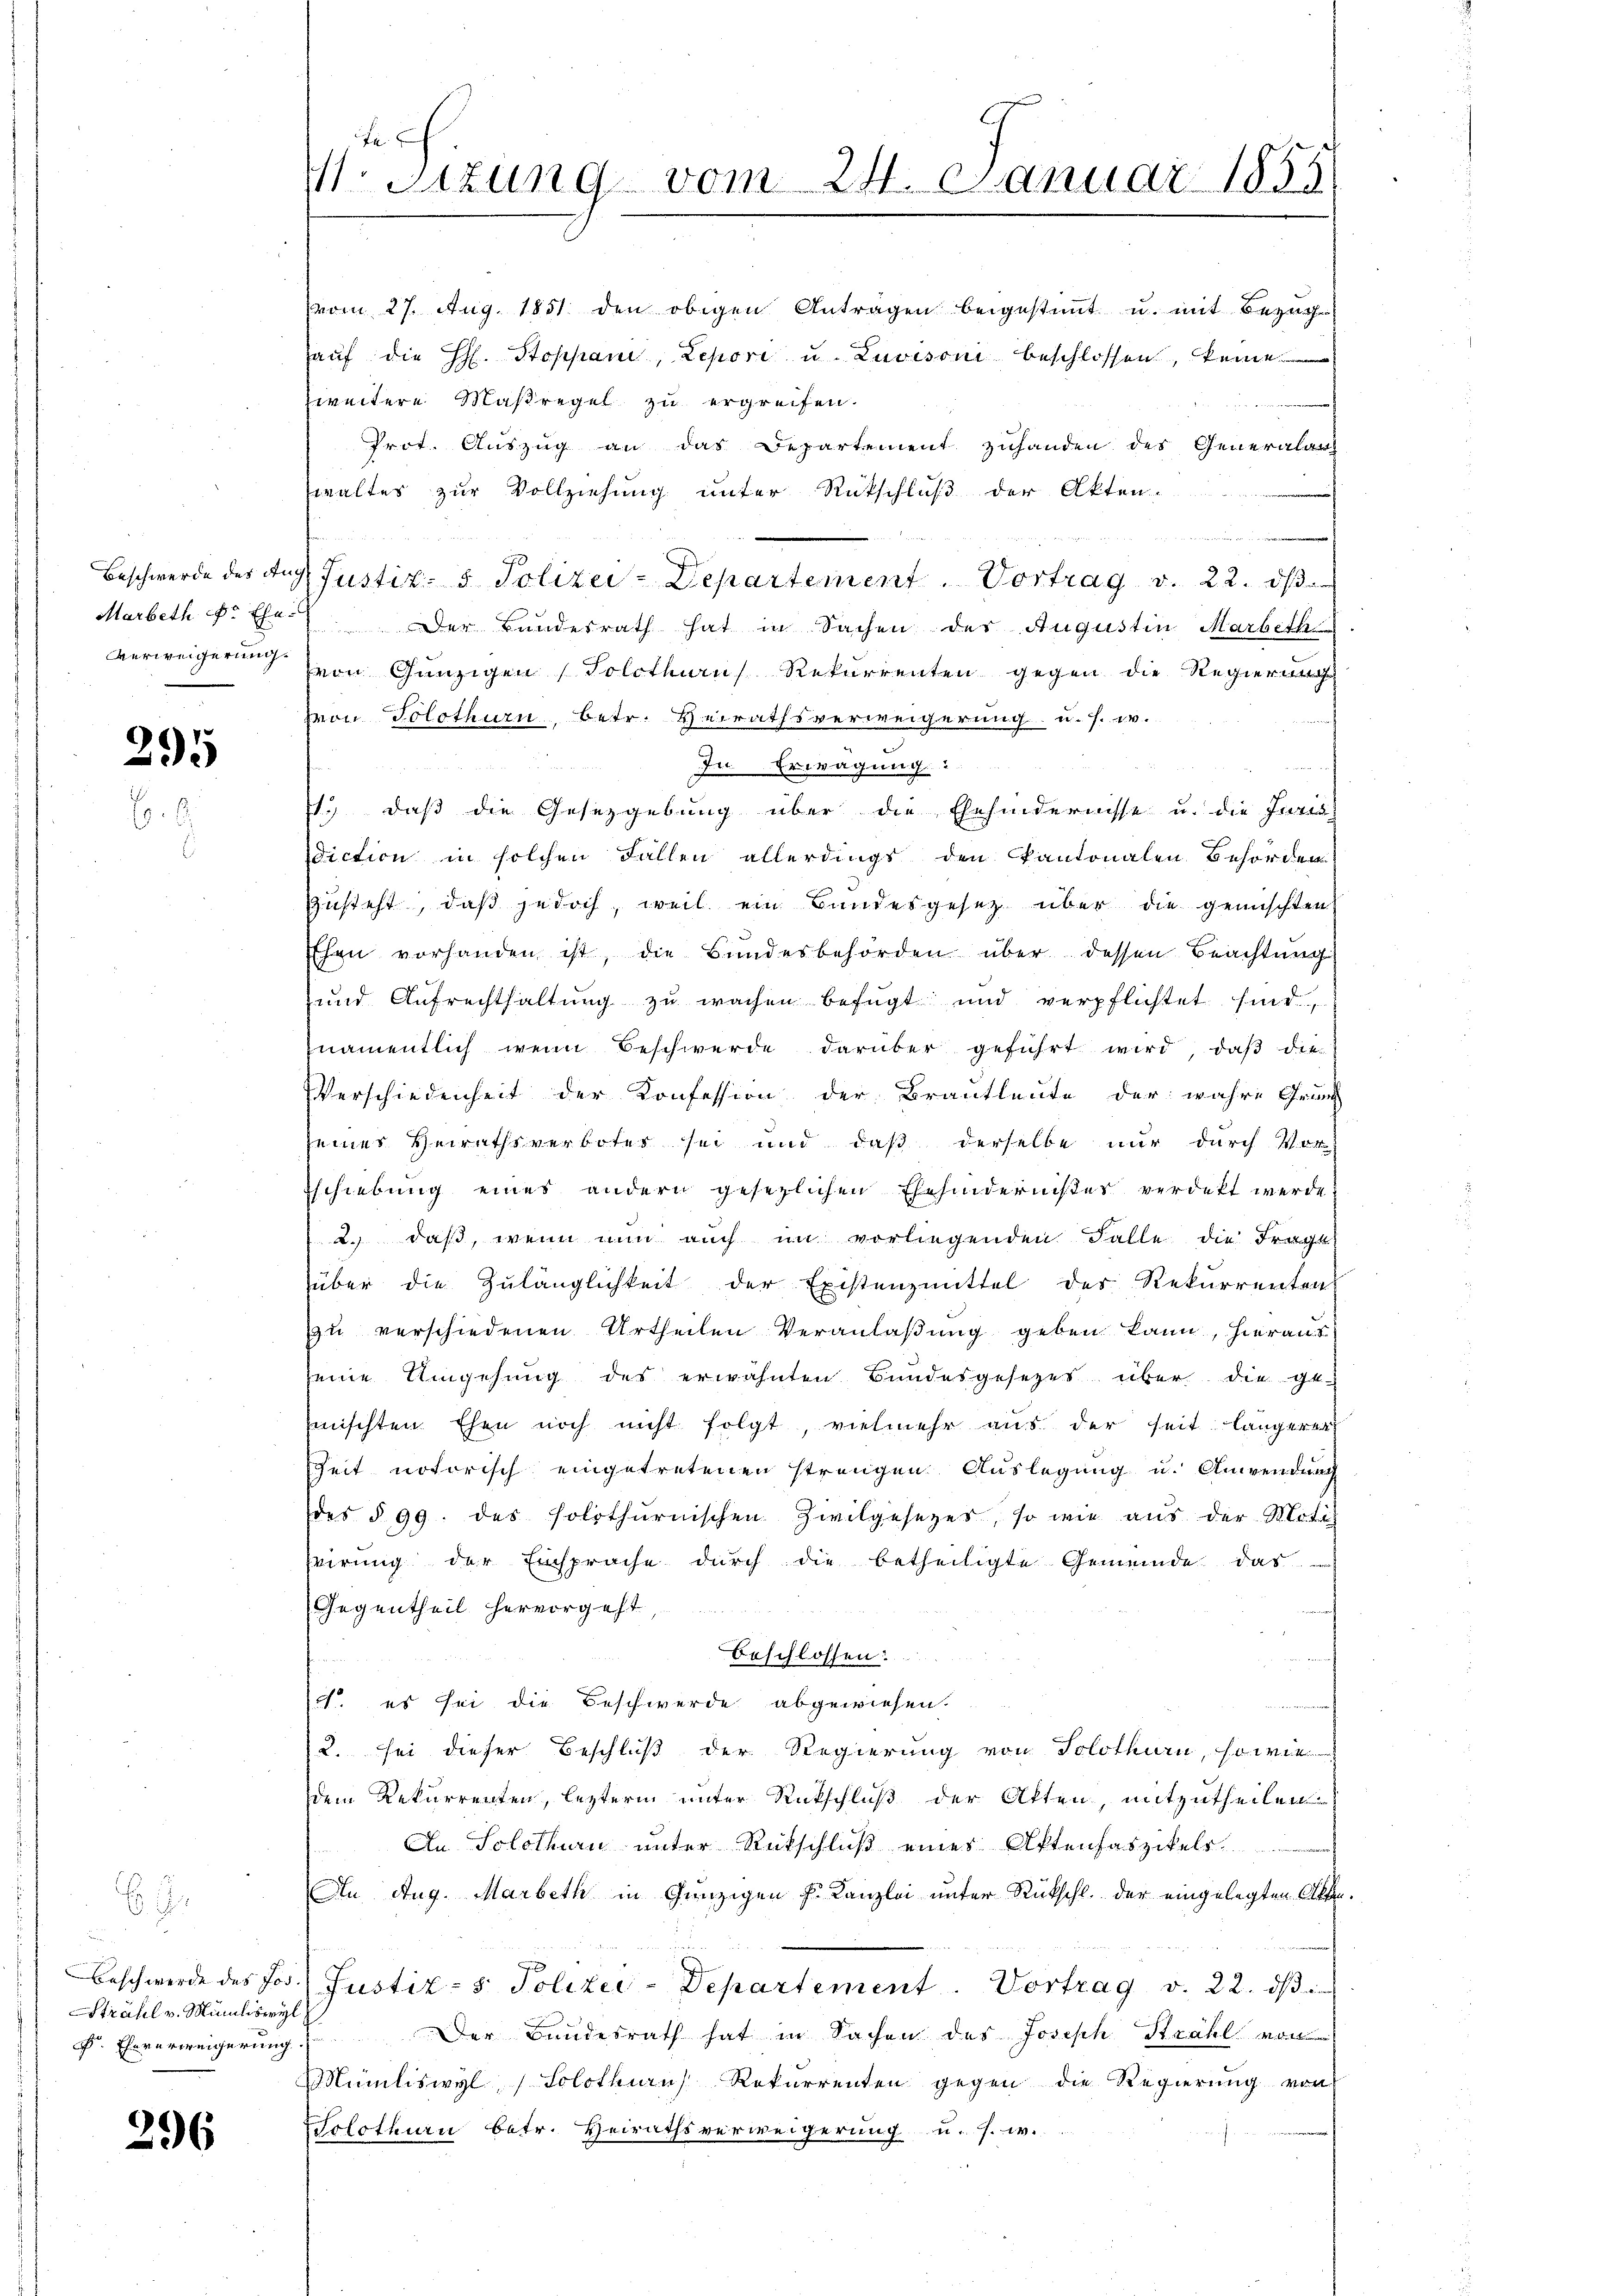
295

6.
u
Strahl v. Munilisteÿl
 Eheverweigerung

296

te
M. Sitzung vom 21. Januar 1855

(vom 27. Aug. 1851 den obigen Antragen beigestimmt u. mit Bezug
aŭf die H. Stoppani, Lepori u. Luvisoni beschlossen, keine
zweitere Maßregel zu ergreifen.
Prot. Auszug an das Departement zuhanden des Generalarz
waltes zur Vollziehung unter Rückschluß der Akten.
er an einer
Beschwerde des Tag. Justiz- & Polizei-Departement. Vortrag v. 22. dβ.
Marbeth der Ehe. Der Bundesrath hat in Sachen des Augustin Marbeth
verweigerung von Gänzigen (Solothurns Rekurrenten gegen die Regierung
Hon Solothurn, betr. Heirathsverweigerung u. s. w.
In Erwägung:
u
1.) daß die Gesetzgebung über die Ehehindernisse u. die Juris
diction in solchen Fällen allerdings den Kantonalen Behörden
zusteht, daß jedoch, weil ein Bundesgesetz über die gemischten
Ehen vorhanden ist, die Bŭndesbehörden über dessen Beachtung
und Aufrechthaltung zu wachen befügt und verpflichtet sind.
namentlich wenn Beschwerde darüber geführt wird, daß die
Verschiedenheit der Konfession der Brautleute der wahre Grun
seines Heirathsverboter sei und daß derselbe nur durch Vor
Eschiebung eines andern gesezlichen Ehehindernißes verdikt werde
2.) daß, wenn nun auch im vorliegenden Falle die Frage
über die Zulänglichkeit der Existenzmittel des Rekurrenten
zu verschiedenen Urtheilen Veranlaßung geben kann, hieraus
seine Umgehung des erwähnten Bundesgesetzes über die ge-
mischten Ehen noch nicht folgt, vielmehr aus der seit längerer
Zeit notorisch eingetretenen strengen Auslegung u. Anwendung
des § 99. des solothurnischen Zivilgesezes, so wie aus der Moti
hvirung der Einsprache durch die betheiligte Gemeinde das
Gegentheil hervorgeht,
Beschlossen: ....
. es sei die Beschwerde abgewiesen.
.
2. sei dieser Beschluß der Regierung von Solothurn, so wie
dem Rekurrenten, lezterm unter Rückschluß der Atten, mitzutheilen
An Solothurn unter Rutschluß eines Aktenfaszikels
An Aug. Marbeth in Gunzigen h. Kanzlei unter Rückschl. der eingelegten Akten.
Beschwerde des Jos. Justiz- & Polizei-Departement. Vortrag v. 22. dβ
Der Bundesrath hat in Sachen des Joseph Strahl von
Müniliswyl, Solothurns Rekurrenten gegen die Regierung von
Solothurn betr. Heirathsverweigerung u. s. w.